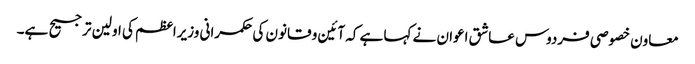
معاون خصوصی فردوس عاشق اعوان نے کہا ہے کہ آئین و قانون کی حکمرانی وزیراعظم کی اولین ترجیح ہے۔